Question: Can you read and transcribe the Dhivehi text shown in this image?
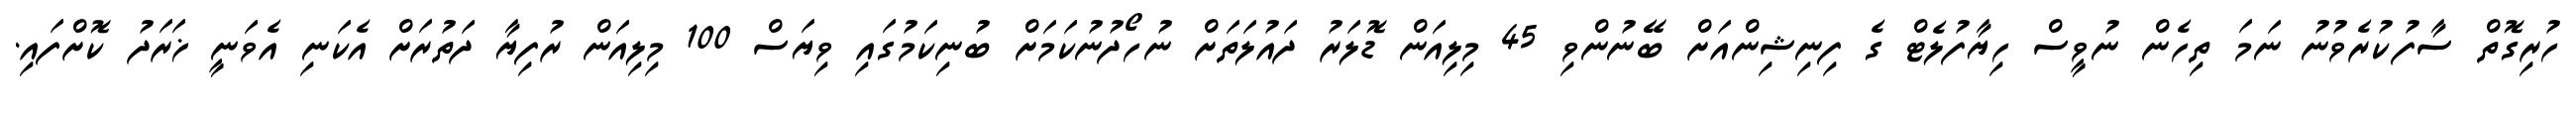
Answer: ހުރިގޮތް ސާފުކުރެވުނު ނަމަ ތިހެން ނުވީސް ހިޔާފުލެޓް ގެ ފިނިޝިންއަށް ބޭނުންވި 45 މިލިއަން ޑޮލަރު ދައުލަތަށް ނުހޯދުނުކަމަށް ބުނިކަމުގައި ވިޔަސް 100 މިލިއަން ރުފިޔާ ދަތުރަށް އެކަނި އެވަނީ ޚަރަދު ކޮށްފައި.